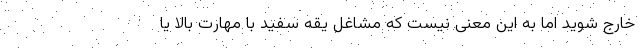
خارج شوید اما به این معنی نیست که مشاغل یقه سفید با مهارت بالا یا